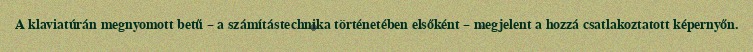
A klaviatúrán megnyomott betű – a számítástechnika történetében elsőként – megjelent a hozzá csatlakoztatott képernyőn.